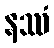
နဿံ